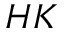
H K